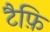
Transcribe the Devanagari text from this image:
टैफ़ि